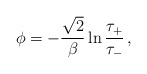
\begin{align*} \phi=-\frac{\sqrt{2}}{\beta}\ln\frac{\tau_+}{\tau_-}\, ,\end{align*}